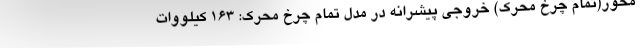
محور(تمام چرخ محرک) خروجی پیشرانه در مدل تمام چرخ محرک: 163 کیلووات